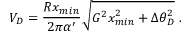
V _ { D } = \frac { R x _ { m i n } } { 2 \pi \alpha ^ { \prime } } \sqrt { G ^ { 2 } x _ { m i n } ^ { 2 } + \Delta \theta _ { D } ^ { 2 } } \ .